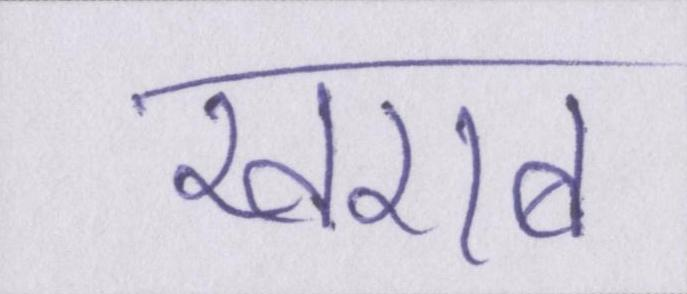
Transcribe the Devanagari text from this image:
खराब